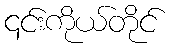
၎င်းကိုယ်တိုင်